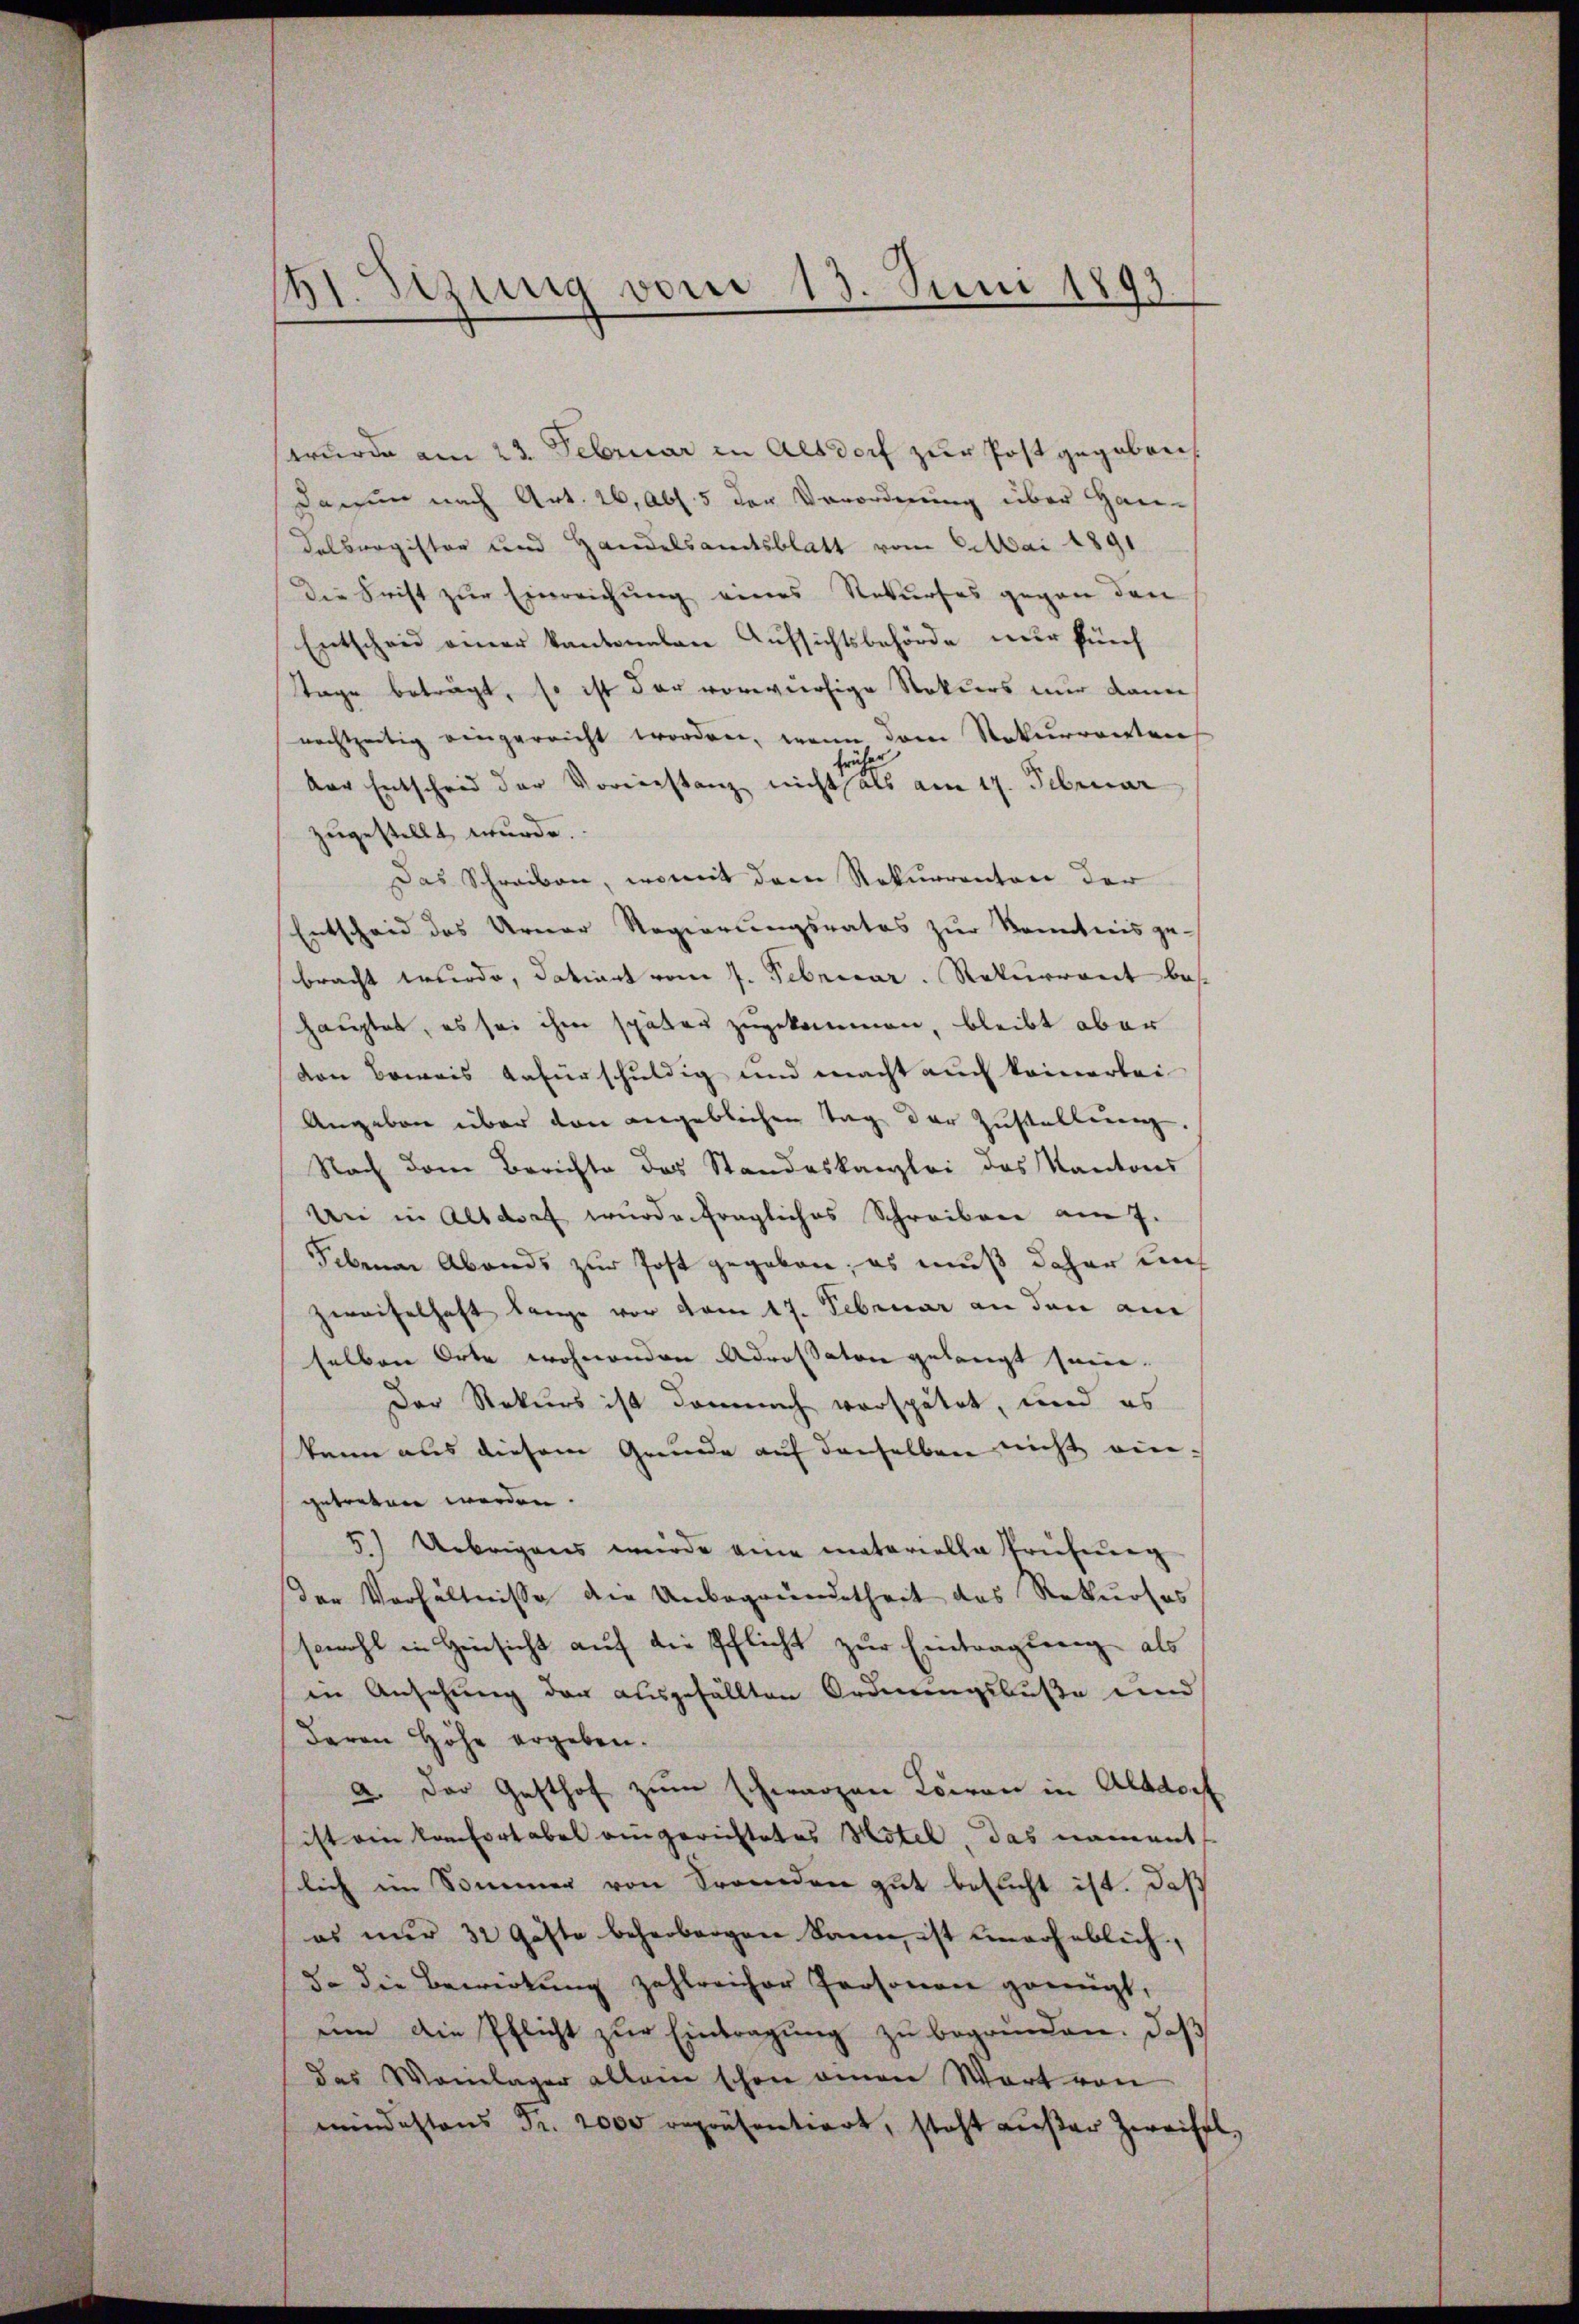
11. Sizung vom 13. Juni 1893.

wurde am 23. Februar in Altdorf zur Post gegeben
Da nun nach Art. 26, Abs. 5 der Verordnung über Han-
Dalbergister und Handelsamtsblatt vom Mai 1891
die Frist zur Einreichung eines Rekurses gegen den
Entscheid einer kantonalen Aufsichtsbehörde nur fünf
Tage beträgt, so ist der vorwürfige Stokers nur dann
nachtzeitig eingerricht worden, wenn dem Rekurrierten
rücher
der Entscheid der Voreinstanz nicht als am 17. Februar
zugestellt wurde.
Das Schreiben, womit dem Rekurrenten der
Entscheid des Urner Regierungsrates zur Kenntnis ge-
bracht wurde, datiert vom 7. Februar. Rekurrent beshauptet, es sei ihm später zugekommen, bleibt aber
ven Beweis dafürschuldig und macht auch keinerlei
Angeben über den angeblichen Tag der Zustellerenz,
Nach dem Berichte des Standeskanzlei des Kantons
Un in Altdorf wurde fragliches Schreiben am 7.
Februar Abends zur Post gegeben, es muß daher uns
Zweifelhaft lange vor vom 17. Februar an den au
selben Orte wohnenden Adressaton gelangt sein.
Der Rekurs ist demnach verspätet, und es
kann aus diesem Grunde auf denselben nicht eingetreten werden.
5.) Uebrigens wurde eine materialla Prüfŭng
der Verhältnisse der Unbegründetheit das Rekurses
sowohl in Hinsicht auf die Pflicht zur Eintragung als
in Ansehung der ausgefällten Ordnungsbuße und
Baron Höhe ergeben.
a. Der Gasthof zum schwarzen Lion in Altdorf
ist ein von fortabel eingerichtetes Hotel, das nament
lich im Sommer von Fremden gut besucht ist. Daß
es nur 32 Gäste beherbergen kann, ist unerheblich,
5. die Bewirkung zahlreicher Personen geengt,
ŭm die Pflicht zŭr Eintragŭng zŭ begründen. Daß
des Meinlager allein schon amen Wort von
mindestens Fr. 2000 repräsentiert, steht außer Zweifel,